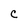
Character: C